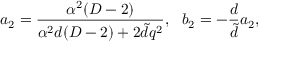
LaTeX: a _ { 2 } = \frac { \alpha ^ { 2 } ( D - 2 ) } { \alpha ^ { 2 } d ( D - 2 ) + 2 \tilde { d } q ^ { 2 } } , ~ ~ b _ { 2 } = - \frac { d } { \tilde { d } } a _ { 2 } ,